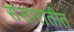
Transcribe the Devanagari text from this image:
संसारातीत